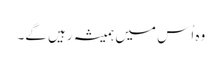
وہ اُس میں ہمیشہ رہیں گے۔